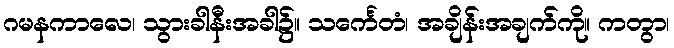
ဂမနကာလေ၊ သွားခါနီးအခါ၌။ သင်္ကေတံ၊ အချိန်းအချက်ကို။ ကတွာ၊